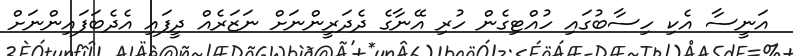
އަނީސާ އެކި ހިސާބުގައި ހުއްޓިގެން ހުރި އޭނާގެ ދެދަރީންނަށް ނަޒަރެއް ދީފައި އެދެބަފައިންނަށް